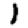
Digit: 1